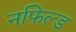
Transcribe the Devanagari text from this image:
नफिल्ड